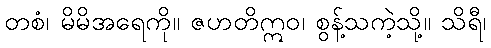
တစံ၊ မိမိအရေကို။ ဇဟတိဣဝ၊ စွန့်သကဲ့သို့။ သိရီ၊